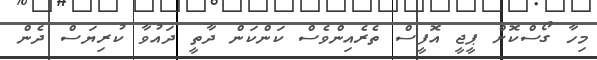
މިހާ ގޯސްކޮށް ޕީޖީ އޮފީސް ތެރެއިންވެސް ކަންކަން ދާތީ ދައުވާ ކުރިޔަސް ދެން